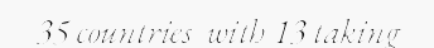
35 countries  with 13 taking